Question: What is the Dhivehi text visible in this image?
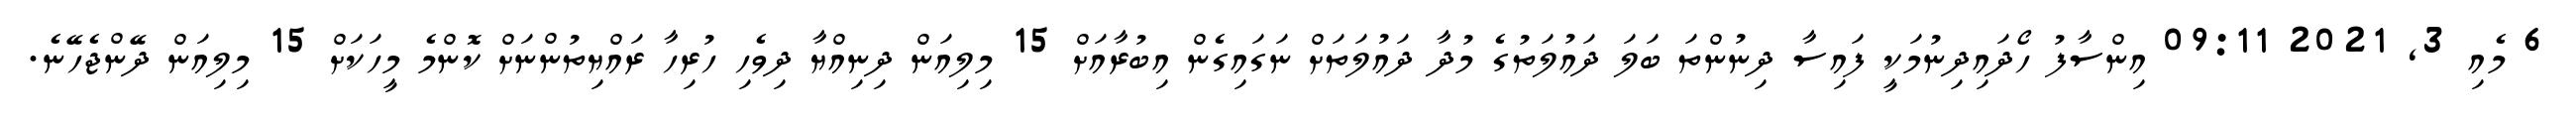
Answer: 6 މެއި 3, 2021 09:11 އިންސާފު ހޯދައިދިނުމަކީ ފައިސާ ދިނުންތަ ބަލަ ދައުލަތުގެ މުދާ ދައުލަތަށް ނަގައިގެން އިބުރާއަށް 15 މިލިއަން ދިނިއްޔާ ދިވެހި ހުރިހާ ރައްޔިތުންނަށް ކޮންމެ މީހަކަށް 15 މިލިއަން ދޭންޖެހޭނެ.